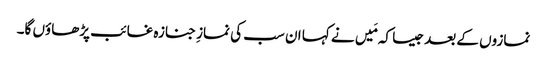
نمازوں کے بعد جیسا کہ مَیں نے کہا ان سب کی نمازِ جنازہ غائب پڑھاؤں گا۔